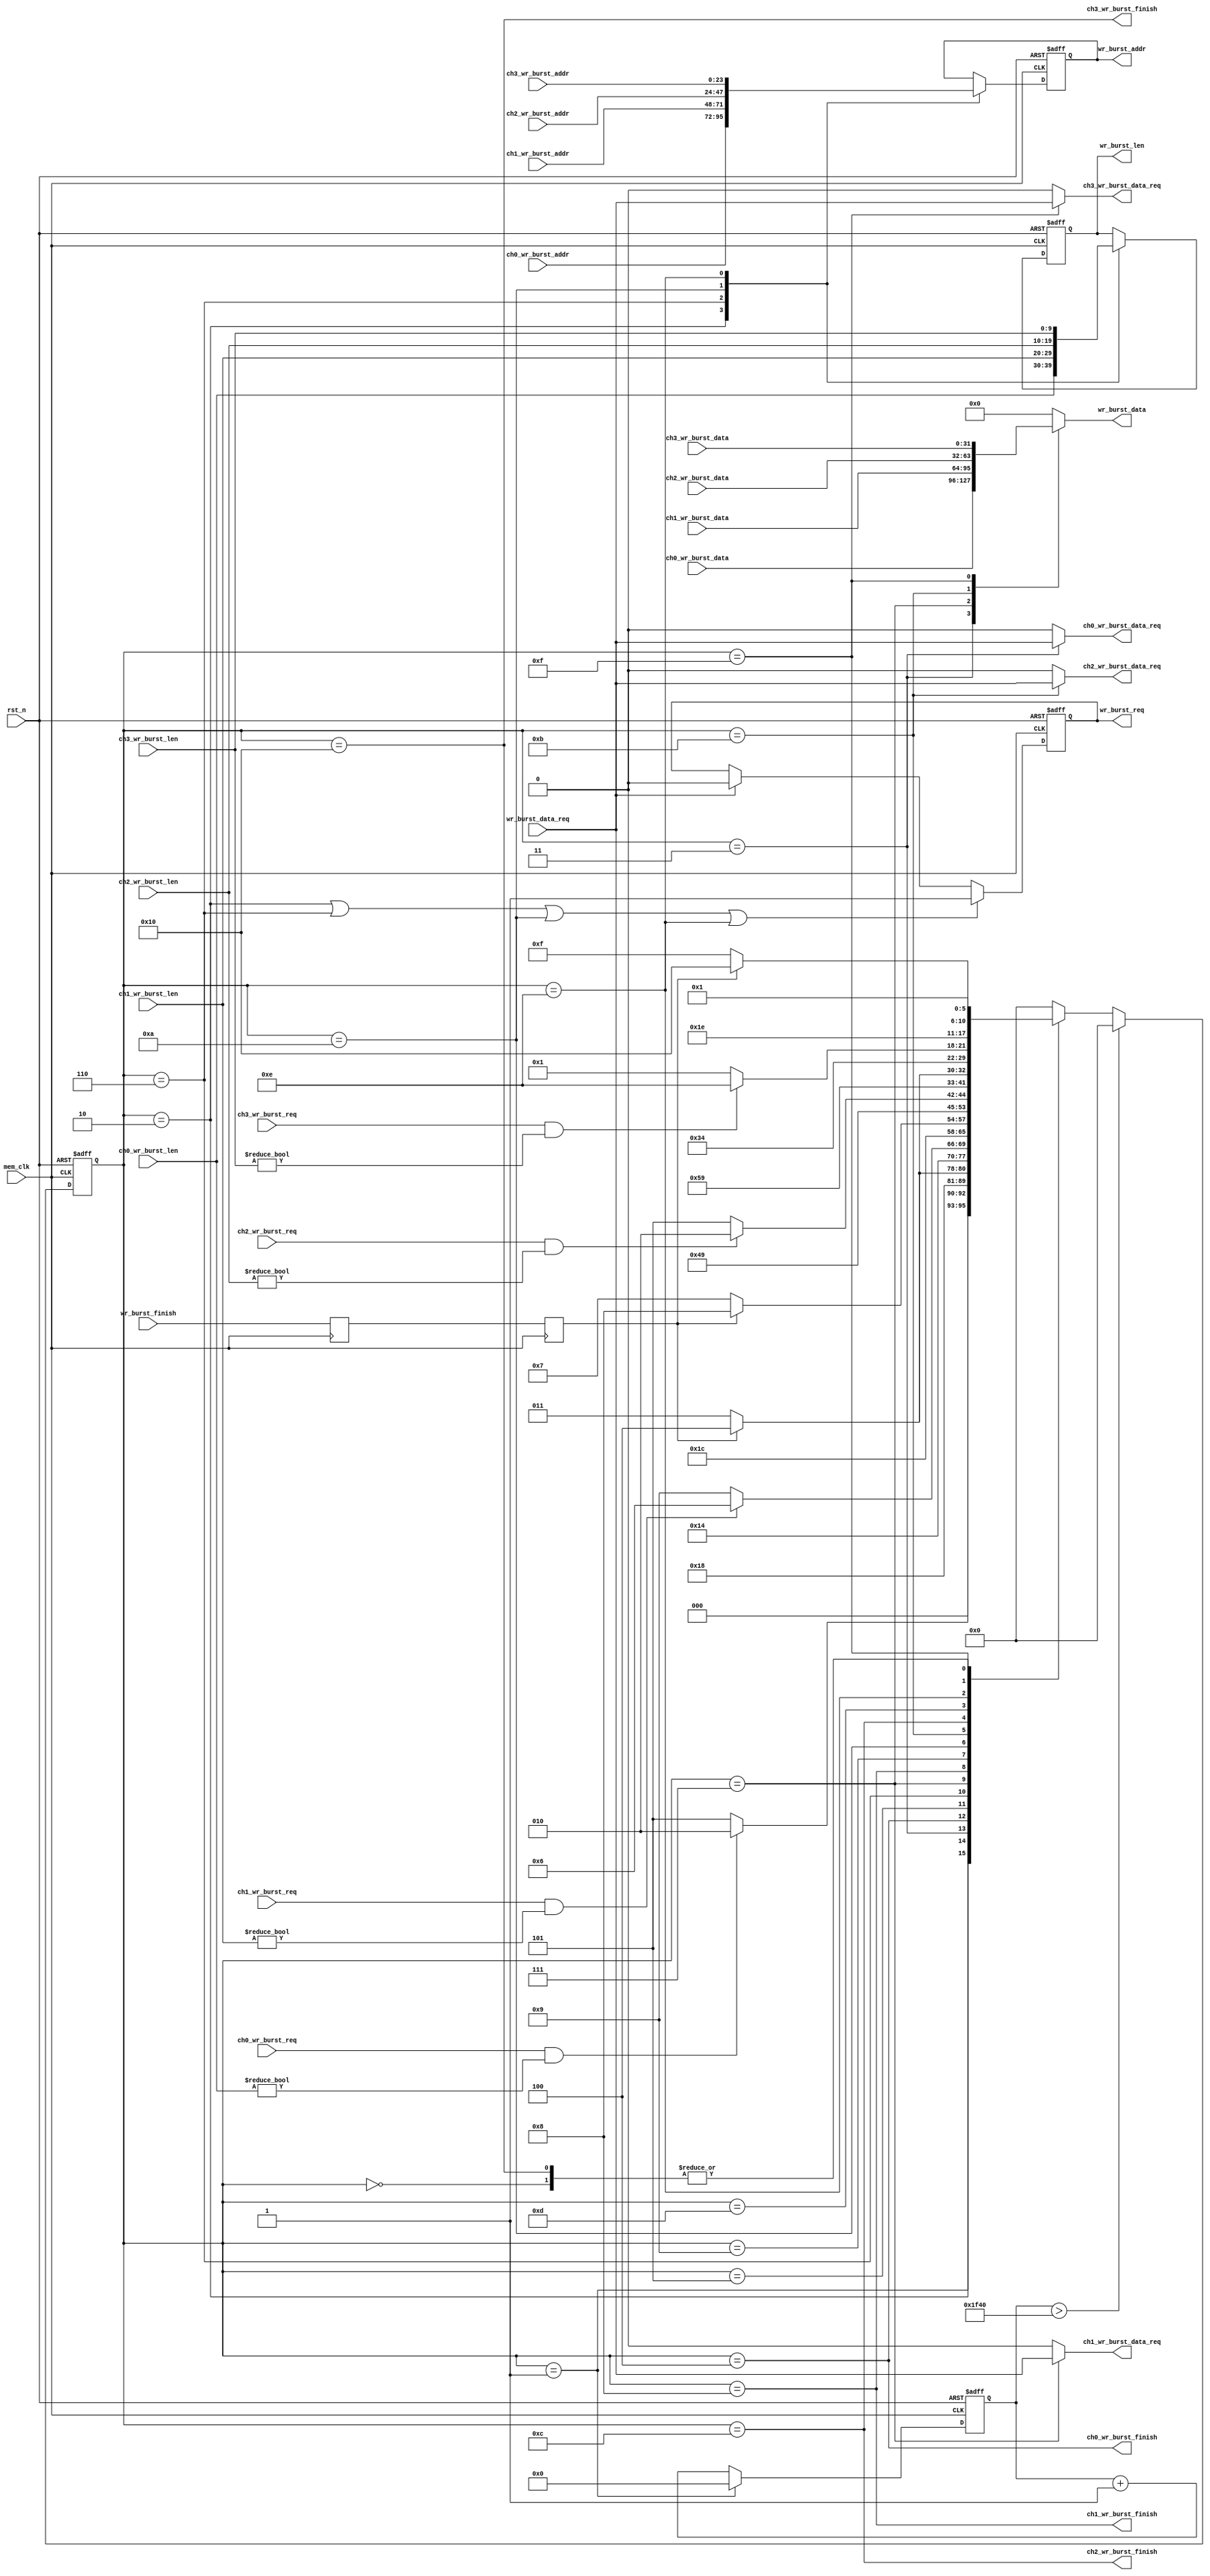
/**/
module mem_write_arbi
#(
	parameter MEM_DATA_BITS = 32
)
(
	input rst_n,
	input mem_clk,
	
	input ch0_wr_burst_req,
	input[9:0] ch0_wr_burst_len,
	input[23:0] ch0_wr_burst_addr,
	output ch0_wr_burst_data_req,
	input[MEM_DATA_BITS - 1:0] ch0_wr_burst_data,
	output ch0_wr_burst_finish,
	
	input ch1_wr_burst_req,
	input[9:0] ch1_wr_burst_len,
	input[23:0] ch1_wr_burst_addr,
	output ch1_wr_burst_data_req,
	input[MEM_DATA_BITS - 1:0] ch1_wr_burst_data,
	output ch1_wr_burst_finish,
	
	input ch2_wr_burst_req,
	input[9:0] ch2_wr_burst_len,
	input[23:0] ch2_wr_burst_addr,
	output ch2_wr_burst_data_req,
	input[MEM_DATA_BITS - 1:0] ch2_wr_burst_data,
	output ch2_wr_burst_finish,
	
	input ch3_wr_burst_req,
	input[9:0] ch3_wr_burst_len,
	input[23:0] ch3_wr_burst_addr,
	output ch3_wr_burst_data_req,
	input[MEM_DATA_BITS - 1:0] ch3_wr_burst_data,
	output ch3_wr_burst_finish,
	
	output reg wr_burst_req,
	output reg[9:0] wr_burst_len,
	output reg[23:0] wr_burst_addr,
	input wr_burst_data_req,
	output reg[MEM_DATA_BITS - 1:0] wr_burst_data,
	input wr_burst_finish	
);

reg[5:0] write_state = 6'd0;
reg[5:0] write_state_next = 6'd0;
reg[15:0] cnt_timer = 16'd0;
localparam IDLE = 6'd0;

localparam CH0_CHECK = 6'd1;
localparam CH0_BEGIN = 6'd2;
localparam CH0_WRITE = 6'd3;
localparam CH0_END = 6'd4;

localparam CH1_CHECK = 6'd5;
localparam CH1_BEGIN = 6'd6;
localparam CH1_WRITE = 6'd7;
localparam CH1_END = 6'd8;

localparam CH2_CHECK = 6'd9;
localparam CH2_BEGIN = 6'd10;
localparam CH2_WRITE = 6'd11;
localparam CH2_END = 6'd12;

localparam CH3_CHECK = 6'd13;
localparam CH3_BEGIN = 6'd14;
localparam CH3_WRITE = 6'd15;
localparam CH3_END = 6'd16;

reg wr_burst_finish_d0;
reg wr_burst_finish_d1;
always@(posedge mem_clk)
begin
	wr_burst_finish_d0 <= wr_burst_finish;
	wr_burst_finish_d1 <= wr_burst_finish_d0;
end

always@(posedge mem_clk or negedge rst_n)
begin
	if(~rst_n)
		write_state <= IDLE;
	else if(cnt_timer > 16'd8000)
		write_state <= IDLE;
	else
		write_state <= write_state_next;
end

always@(posedge mem_clk or negedge rst_n)
begin
	if(~rst_n)
		cnt_timer <= 16'd0;
	else if(write_state == CH0_CHECK)
		cnt_timer <= 16'd0;
	else
		cnt_timer <= cnt_timer + 16'd1;
end

always@(*)
begin
	case(write_state)
		IDLE:
			write_state_next <= CH0_CHECK;
		//
		CH0_CHECK:
			if(ch0_wr_burst_req  && ch0_wr_burst_len != 10'd0)
				write_state_next <= CH0_BEGIN;
			else
				write_state_next <= CH1_CHECK;
		CH0_BEGIN:
			write_state_next <= CH0_WRITE;
		CH0_WRITE:
			if(wr_burst_finish_d1)
				write_state_next <= CH0_END;
			else
				write_state_next <= CH0_WRITE;
		CH0_END:
			write_state_next <= CH1_CHECK;
		//	
		CH1_CHECK:
			if(ch1_wr_burst_req && ch1_wr_burst_len != 10'd0)
				write_state_next <= CH1_BEGIN;
			else
				write_state_next <= CH2_CHECK;
		CH1_BEGIN:
			write_state_next <= CH1_WRITE;
		CH1_WRITE:
			if(wr_burst_finish_d1)
				write_state_next <= CH1_END;
			else
				write_state_next <= CH1_WRITE;
		CH1_END:
			write_state_next <= CH2_CHECK;
		//	
		CH2_CHECK:
			if(ch2_wr_burst_req && ch2_wr_burst_len != 10'd0)
				write_state_next <= CH2_BEGIN;
			else
				write_state_next <= CH3_CHECK;
		CH2_BEGIN:
			write_state_next <= CH2_WRITE;
		CH2_WRITE:
			if(wr_burst_finish_d1)
				write_state_next <= CH2_END;
			else
				write_state_next <= CH2_WRITE;
		CH2_END:
			write_state_next <= CH3_CHECK;
		//	
		CH3_CHECK:
			if(ch3_wr_burst_req && ch3_wr_burst_len != 10'd0)
				write_state_next <= CH3_BEGIN;
			else
				write_state_next <= CH0_CHECK;
		CH3_BEGIN:
			write_state_next <= CH3_WRITE;
		CH3_WRITE:
			if(wr_burst_finish_d1)
				write_state_next <= CH3_END;
			else
				write_state_next <= CH3_WRITE;
		CH3_END:
			write_state_next <= CH0_CHECK;
		default:
			write_state_next <= IDLE;
	endcase
end

always@(posedge mem_clk or negedge rst_n)
begin
	if(~rst_n)
		begin
			wr_burst_len <= 10'd0;
			wr_burst_addr <= 24'd0;
		end
	else
		begin
			case(write_state)
				CH0_BEGIN:
					begin
						wr_burst_len <= ch0_wr_burst_len;
						wr_burst_addr <= ch0_wr_burst_addr;
					end
				CH1_BEGIN:
					begin
						wr_burst_len <= ch1_wr_burst_len;
						wr_burst_addr <= ch1_wr_burst_addr;
					end
				CH2_BEGIN:
					begin
						wr_burst_len <= ch2_wr_burst_len;
						wr_burst_addr <= ch2_wr_burst_addr;
					end
				CH3_BEGIN:
					begin
						wr_burst_len <= ch3_wr_burst_len;
						wr_burst_addr <= ch3_wr_burst_addr;
					end				
				default:
					begin
						wr_burst_len <= wr_burst_len;
						wr_burst_addr <= wr_burst_addr;
					end
			endcase
		end
end

always@(posedge mem_clk or negedge rst_n)
begin
	if(~rst_n)
		wr_burst_req <= 1'b0;
	else if(write_state == CH0_BEGIN || write_state == CH1_BEGIN || write_state == CH2_BEGIN || write_state == CH3_BEGIN)
		wr_burst_req <= 1'b1;
	else if(wr_burst_data_req)
		wr_burst_req <= 1'b0;
	else
		wr_burst_req <= wr_burst_req;
end
always@(*)
begin
	case(write_state)
		CH0_WRITE:
			wr_burst_data <= ch0_wr_burst_data;
		CH1_WRITE:
			wr_burst_data <= ch1_wr_burst_data;
		CH2_WRITE:
			wr_burst_data <= ch2_wr_burst_data;
		CH3_WRITE:
			wr_burst_data <= ch3_wr_burst_data;	
		default:
			wr_burst_data <= {MEM_DATA_BITS{1'd0}};
	endcase
end

assign ch0_wr_burst_finish = (write_state == CH0_END);
assign ch1_wr_burst_finish = (write_state == CH1_END);
assign ch2_wr_burst_finish = (write_state == CH2_END);
assign ch3_wr_burst_finish = (write_state == CH3_END);


assign ch0_wr_burst_data_req = (write_state == CH0_WRITE) ? wr_burst_data_req : 1'b0;
assign ch1_wr_burst_data_req = (write_state == CH1_WRITE) ? wr_burst_data_req : 1'b0;
assign ch2_wr_burst_data_req = (write_state == CH2_WRITE) ? wr_burst_data_req : 1'b0;
assign ch3_wr_burst_data_req = (write_state == CH3_WRITE) ? wr_burst_data_req : 1'b0;


endmodule